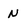
Character: n